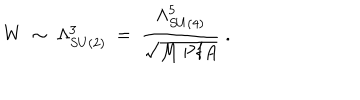
LaTeX: W ~ \sim ~ \Lambda _ { S U ( 2 ) } ^ { 3 } ~ = ~ { \frac { \Lambda _ { S U ( 4 ) } ^ { 5 } } { \sqrt { M ~ \mathrm { P f } A } } } ~ .